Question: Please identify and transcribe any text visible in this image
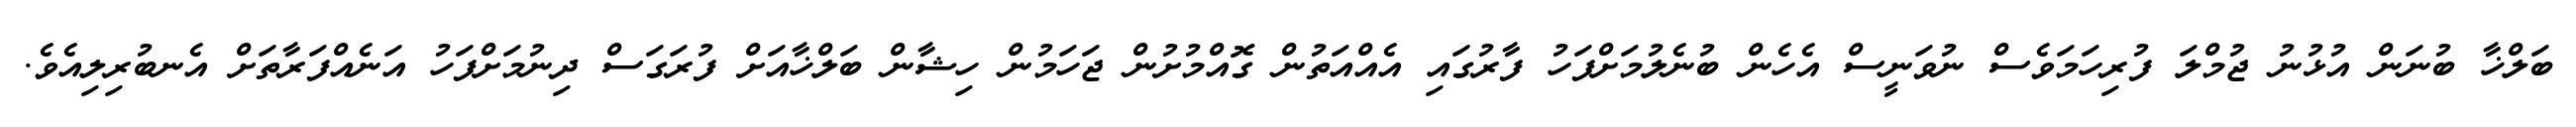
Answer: ބަލްޚާ ބުނަން އުޅުނު ޖުމްލަ ފުރިހަމަވެސް ނުވަނީސް އެހެން ބުނެލުމަށްފަހު ފާރުގައި އެއްއަތުން ގޮއްމުށުން ޖަހަމުން ހިޝާން ބަލްޚާއަށް ފުރަގަސް ދިނުމަށްފަހު އަނެއްފަރާތަށް އެނބުރިލިއެވެ.